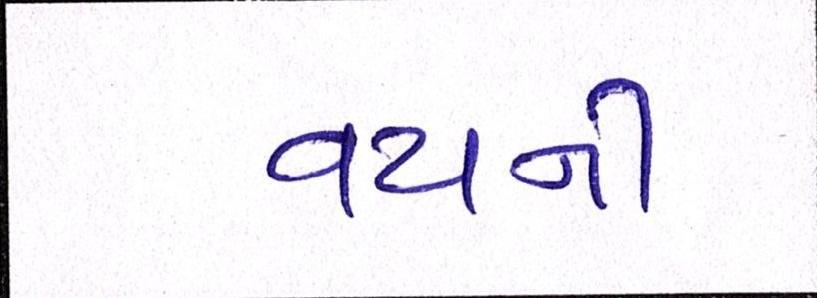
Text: વયની